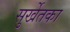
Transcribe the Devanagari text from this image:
सुर्खेतका